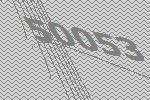
50053